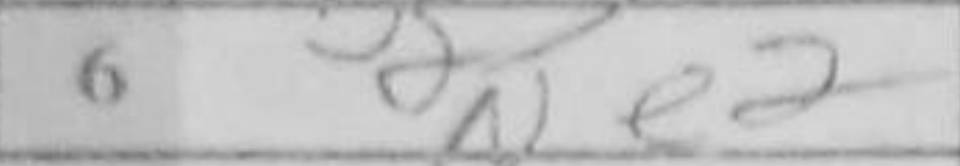
Transcription: Ne2